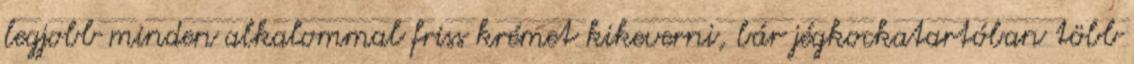
legjobb minden alkalommal friss krémet kikeverni, bár jégkockatartóban több